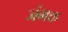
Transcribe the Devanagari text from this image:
जंभक